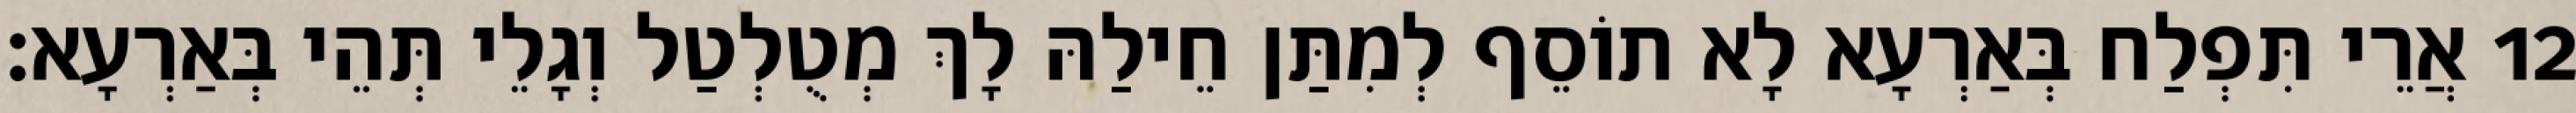
12 אֲרֵי תִּפְלַח בְּאַרְעָא לָא תוֹסֵף לְמִתַּן חֵילַהּ לָךְ מְטֻלְטַל וְגָלֵי תְּהֵי בְּאַרְעָא׃